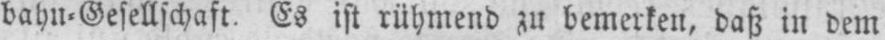
bahn⸗Gesellschaft. Es ist rühmend zu bemerken, daß in dem